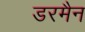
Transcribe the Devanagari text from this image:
डरमैन